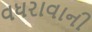
વધરાવાની